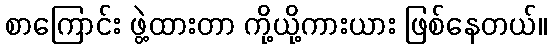
စာကြောင်း ဖွဲ့ထားတာ ကို့ယို့ကားယား ဖြစ်နေတယ်။